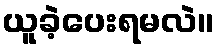
ယူခဲ့ပေးရမလဲ။